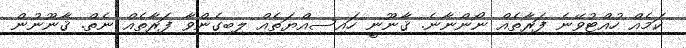
ކަމެއް ހުއްޓުވޭނެ ފަރާތެއް ނޯންނާނެ. ޤާނޫނީ ހައިސިއްޔަތެއް ލިބިގެންވާ ފަރާތެއް ނެތް. ޤާނޫނުން